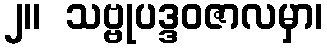
၂။  သဗ္ဗုပဒ္ဒဝဇာလမှာ၊